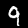
Label: 9